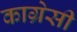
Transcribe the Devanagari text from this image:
काग्रेसी